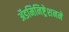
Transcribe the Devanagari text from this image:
ॲडमिनिष्ट्रेशनने